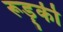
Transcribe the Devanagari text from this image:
रूड़्की